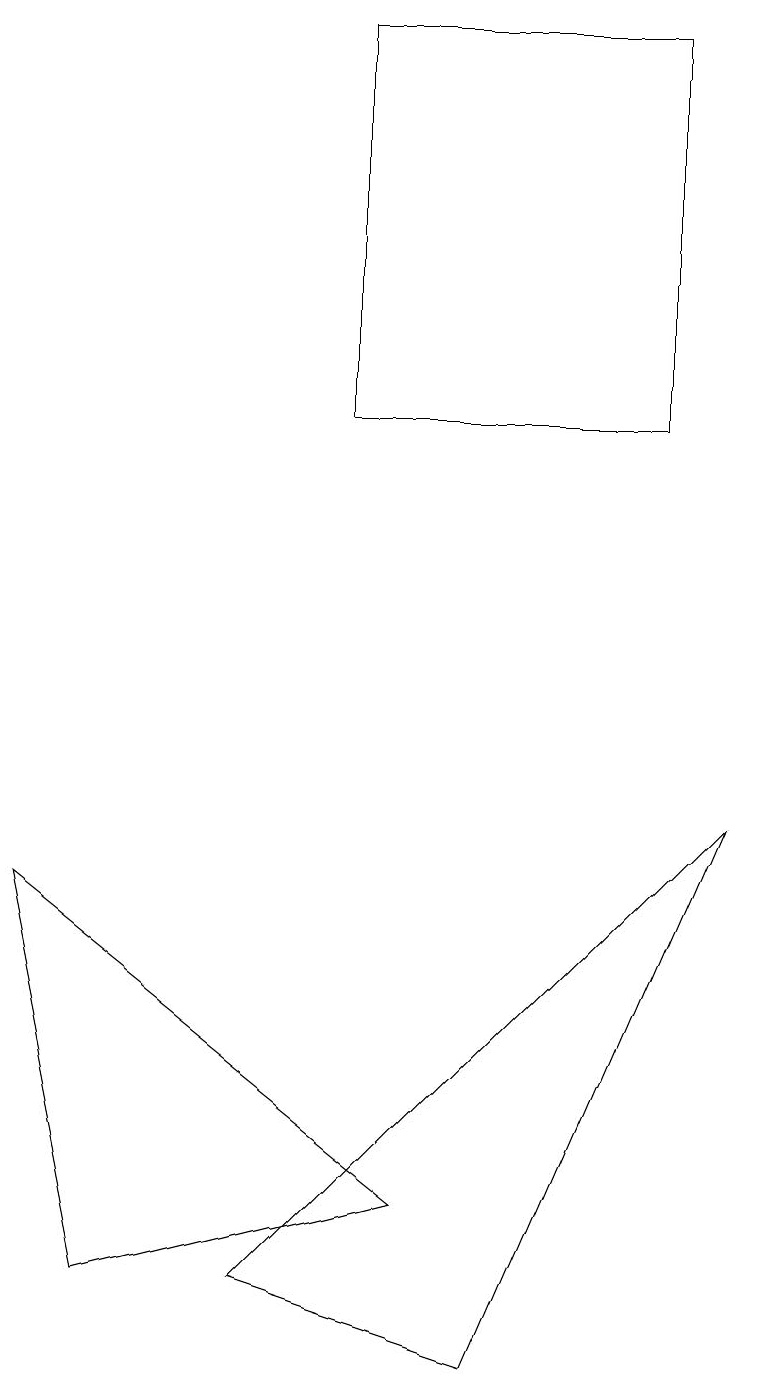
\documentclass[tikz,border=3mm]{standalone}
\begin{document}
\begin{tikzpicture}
\draw (5,4) -- (1,3) -- (0,8) -- cycle;
\draw (8,19) rectangle (4,14);
\draw (6,2) -- (3,3) -- (9,9) -- cycle;
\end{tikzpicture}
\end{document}